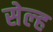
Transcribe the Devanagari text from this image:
सेल्‍ह